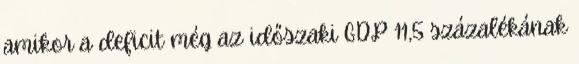
amikor a deficit még az időszaki GDP 11,5 százalékának